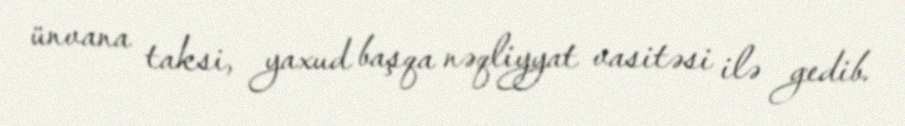
ünvana taksi, yaxud başqa nəqliyyat vasitəsi ilə gedib.